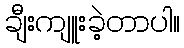
ချီးကျူးခဲ့တာပါ။